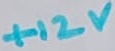
Text: +12V